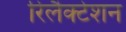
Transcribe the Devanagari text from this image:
रिलैक्टेशन